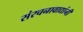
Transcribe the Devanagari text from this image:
संरचनावाद्यांनी